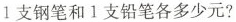
1支钢笔和1支铅笔各多少元?